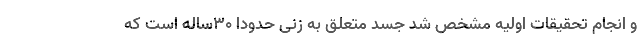
و انجام تحقیقات اولیه مشخص شد جسد متعلق به زنی حدودا ۳۰‌ساله است که